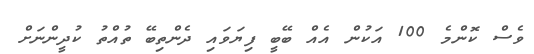
ވެސް ކޮންމެ 100 އަކުން އެއް ބޭބީ ފިޔަވައި ދެންތިބޭ ތުއްތު ކުދީންނަށް